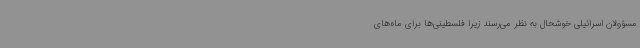
مسؤولان اسرائیلی خوشحال به نظر می‌رسند زیرا فلسطینی‌ها برای ماه‌های